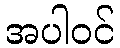
အပါဝင်